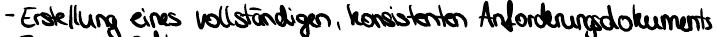
- Erstellung eines vollständigen, konsisten Anforderungsdokuments